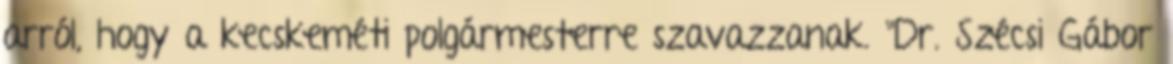
arról, hogy a kecskeméti polgármesterre szavazzanak. "Dr. Szécsi Gábor